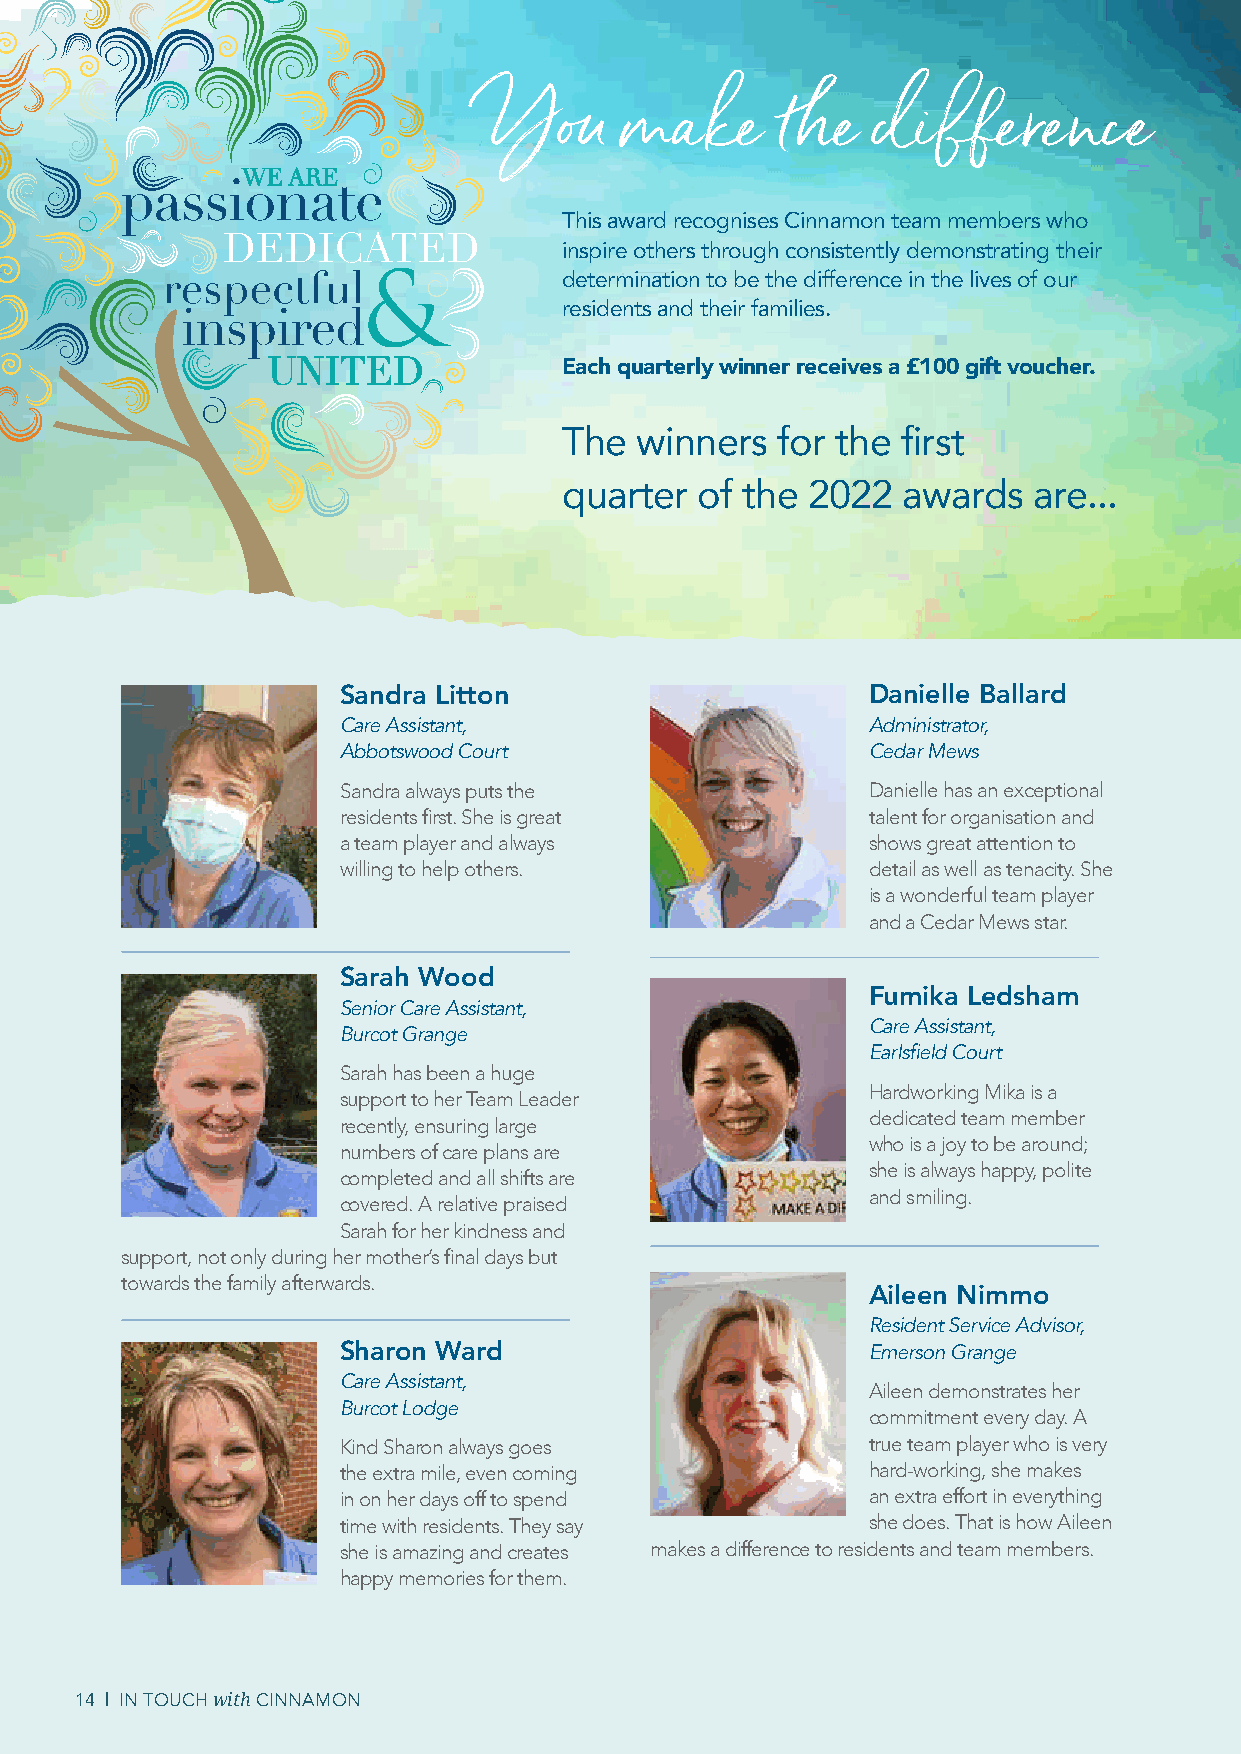
You      make      the    difference
 WE ARE
 This award recognises Cinnamon team members who
 DEDICATED
 inspire others through consistently demonstrating their
 &            determination to be the difference in the lives of our
 residents and their families.
 UNITED             Each quarterly winner receives a £100 gift voucher.
 The  winners  for the  first
 quarter  of the 2022   awards  are...
 Sandra Litton                      Danielle Ballard
 Care Assistant,                    Administrator,
 Abbotswood Court                   Cedar Mews
 Sandra always puts the             Danielle has an exceptional
 residents first. She is great      talent for organisation and
 a team player and always           shows great attention to
 willing to help others.            detail as well as tenacity. She
 is a wonderful team player
 and a Cedar Mews star.
 Sarah Wood
 Fumika Ledsham
 Senior Care Assistant,
 Care Assistant,
 Burcot Grange
 Earlsfield Court
 Sarah has been a huge
 Hardworking Mika is a
 support to her Team Leader
 dedicated team member
 recently, ensuring large
 who is a joy to be around;
 numbers of care plans are
 she is always happy, polite
 completed and all shifts are
 and smiling.
 covered. A relative praised
 Sarah for her kindness and
 support, not only during her mother’s final days but
 towards the family afterwards.
 Aileen Nimmo
 Resident Service Advisor,
 Sharon Ward                        Emerson Grange
 Care Assistant,
 Aileen demonstrates her
 Burcot Lodge
 commitment every day. A
 Kind Sharon always goes            true team player who is very
 the extra mile, even coming        hard-working, she makes
 in on her days off to spend        an extra effort in everything
 time with residents. They say      she does. That is how Aileen
 she is amazing and creates makes a difference to residents and team members.
 happy memories for them.
 14 | IN TOUCH with CINNAMON